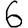
Digit: 6